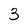
Character: 3